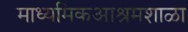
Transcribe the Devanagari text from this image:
माध्यमिकआश्रमशाळा